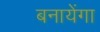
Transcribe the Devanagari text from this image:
बनायेंगा